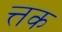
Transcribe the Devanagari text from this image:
त्तक